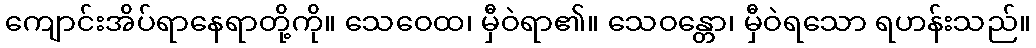
ကျောင်းအိပ်ရာနေရာတို့ကို။ သေဝေထ၊ မှီဝဲရာ၏။ သေဝန္တော၊ မှီဝဲရသော ရဟန်းသည်။